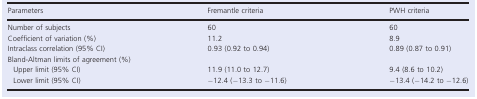
| Parameters | Fremantle criteria | PWH criteria |
 | --- | --- | --- |
 | Number of subjects | 60 | 60 |
 | Coefficient of variation (%) | 11.2 | 8.9 |
 | Intraclass correlation (95% CI) | 0.93 (0.92 to 0.94) | 0.89 (0.87 to 0.91) |
 | <COLSPAN=3> Bland-Altman limits of agreement (%) |
 | Upper limit (95% CI) | 11.9 (11.0 to 12.7) | 9.4 (8.6 to 10.2) |
 | Lower limit (95% CI) | −12.4 (−13.3 to −11.6) | −13.4 (−14.2 to −12.6) |